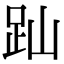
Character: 䟖